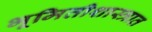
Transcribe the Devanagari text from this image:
भूमितीशास्त्रात